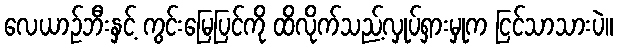
လေယာဉ်ဘီးနှင့် ကွင်းမြေပြင်ကို ထိလိုက်သည့်လှုပ်ရှားမှုက ငြင်သာသားပဲ။